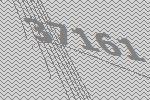
37161